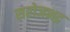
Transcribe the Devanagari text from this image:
सरोजभद्र